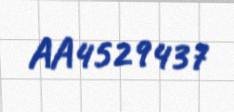
AA4529437